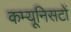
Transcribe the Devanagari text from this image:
कम्यूनिसटों